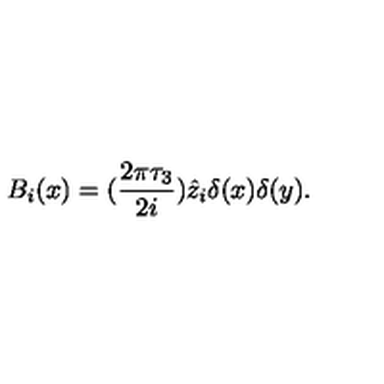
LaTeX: B _ { i } ( x ) = ( \frac { 2 \pi \tau _ { 3 } } { 2 i } ) \hat { z } _ { i } \delta ( x ) \delta ( y ) .